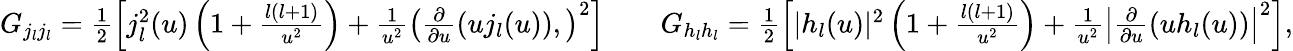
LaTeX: \begin{array}{rlr}{G_{j_{l}j_{l}}=\frac{1}{2}\left[j_{l}^{2}(u)\left(1+\frac{l(l+1)}{u^{2}}\right)+\frac{1}{u^{2}}\left(\frac{\partial}{\partial u}\left(uj_{l}(u)\right),\right)^{2}\right]}&{}&{G_{h_{l}h_{l}}=\frac{1}{2}\left[|h_{l}(u)|^{2}\left(1+\frac{l(l+1)}{u^{2}}\right)+\frac{1}{u^{2}}\left|\frac{\partial}{\partial u}\left(uh_{l}(u)\right)\right|^{2}\right],}\end{array}